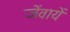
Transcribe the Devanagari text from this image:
जेंवायें